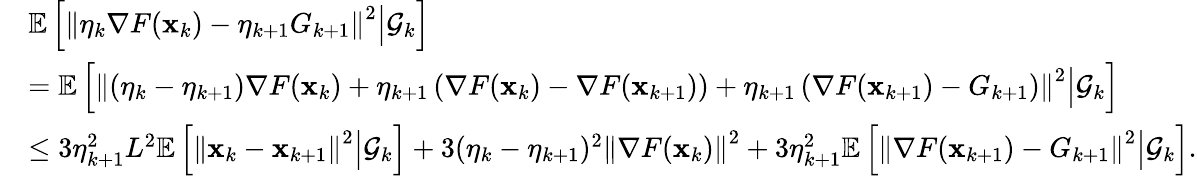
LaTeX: \begin{array}{rl}&{\mathbb{E}\left[\left\Vert\eta_{k}\nabla F(\mathbf{x}_{k})-\eta_{k+1}G_{k+1}\right\Vert^{2}\middle|\mathcal{G}_{k}\right]}\\ &{=\mathbb{E}\left[\left\Vert(\eta_{k}-\eta_{k+1})\nabla F(\mathbf{x}_{k})+\eta_{k+1}\left(\nabla F(\mathbf{x}_{k})-\nabla F(\mathbf{x}_{k+1})\right)+\eta_{k+1}\left(\nabla F(\mathbf{x}_{k+1})-G_{k+1}\right)\right\Vert^{2}\middle|\mathcal{G}_{k}\right]}\\ &{\leq 3\eta_{k+1}^{2}L^{2}\mathbb{E}\left[\left\Vert\mathbf{x}_{k}-\mathbf{x}_{k+1}\right\Vert^{2}\middle|\mathcal{G}_{k}\right]+3(\eta_{k}-\eta_{k+1})^{2}\left\Vert\nabla F(\mathbf{x}_{k})\right\Vert^{2}+3\eta_{k+1}^{2}\mathbb{E}\left[\left\Vert\nabla F(\mathbf{x}_{k+1})-G_{k+1}\right\Vert^{2}\middle|\mathcal{G}_{k}\right].}\end{array}